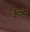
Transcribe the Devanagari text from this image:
कैप्‍टंस